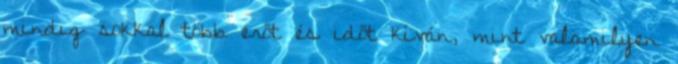
mindig sokkal több erőt és időt kíván, mint valamilyen